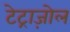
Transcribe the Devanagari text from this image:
टेट्राज़ोल